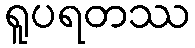
ရူပရတဿ